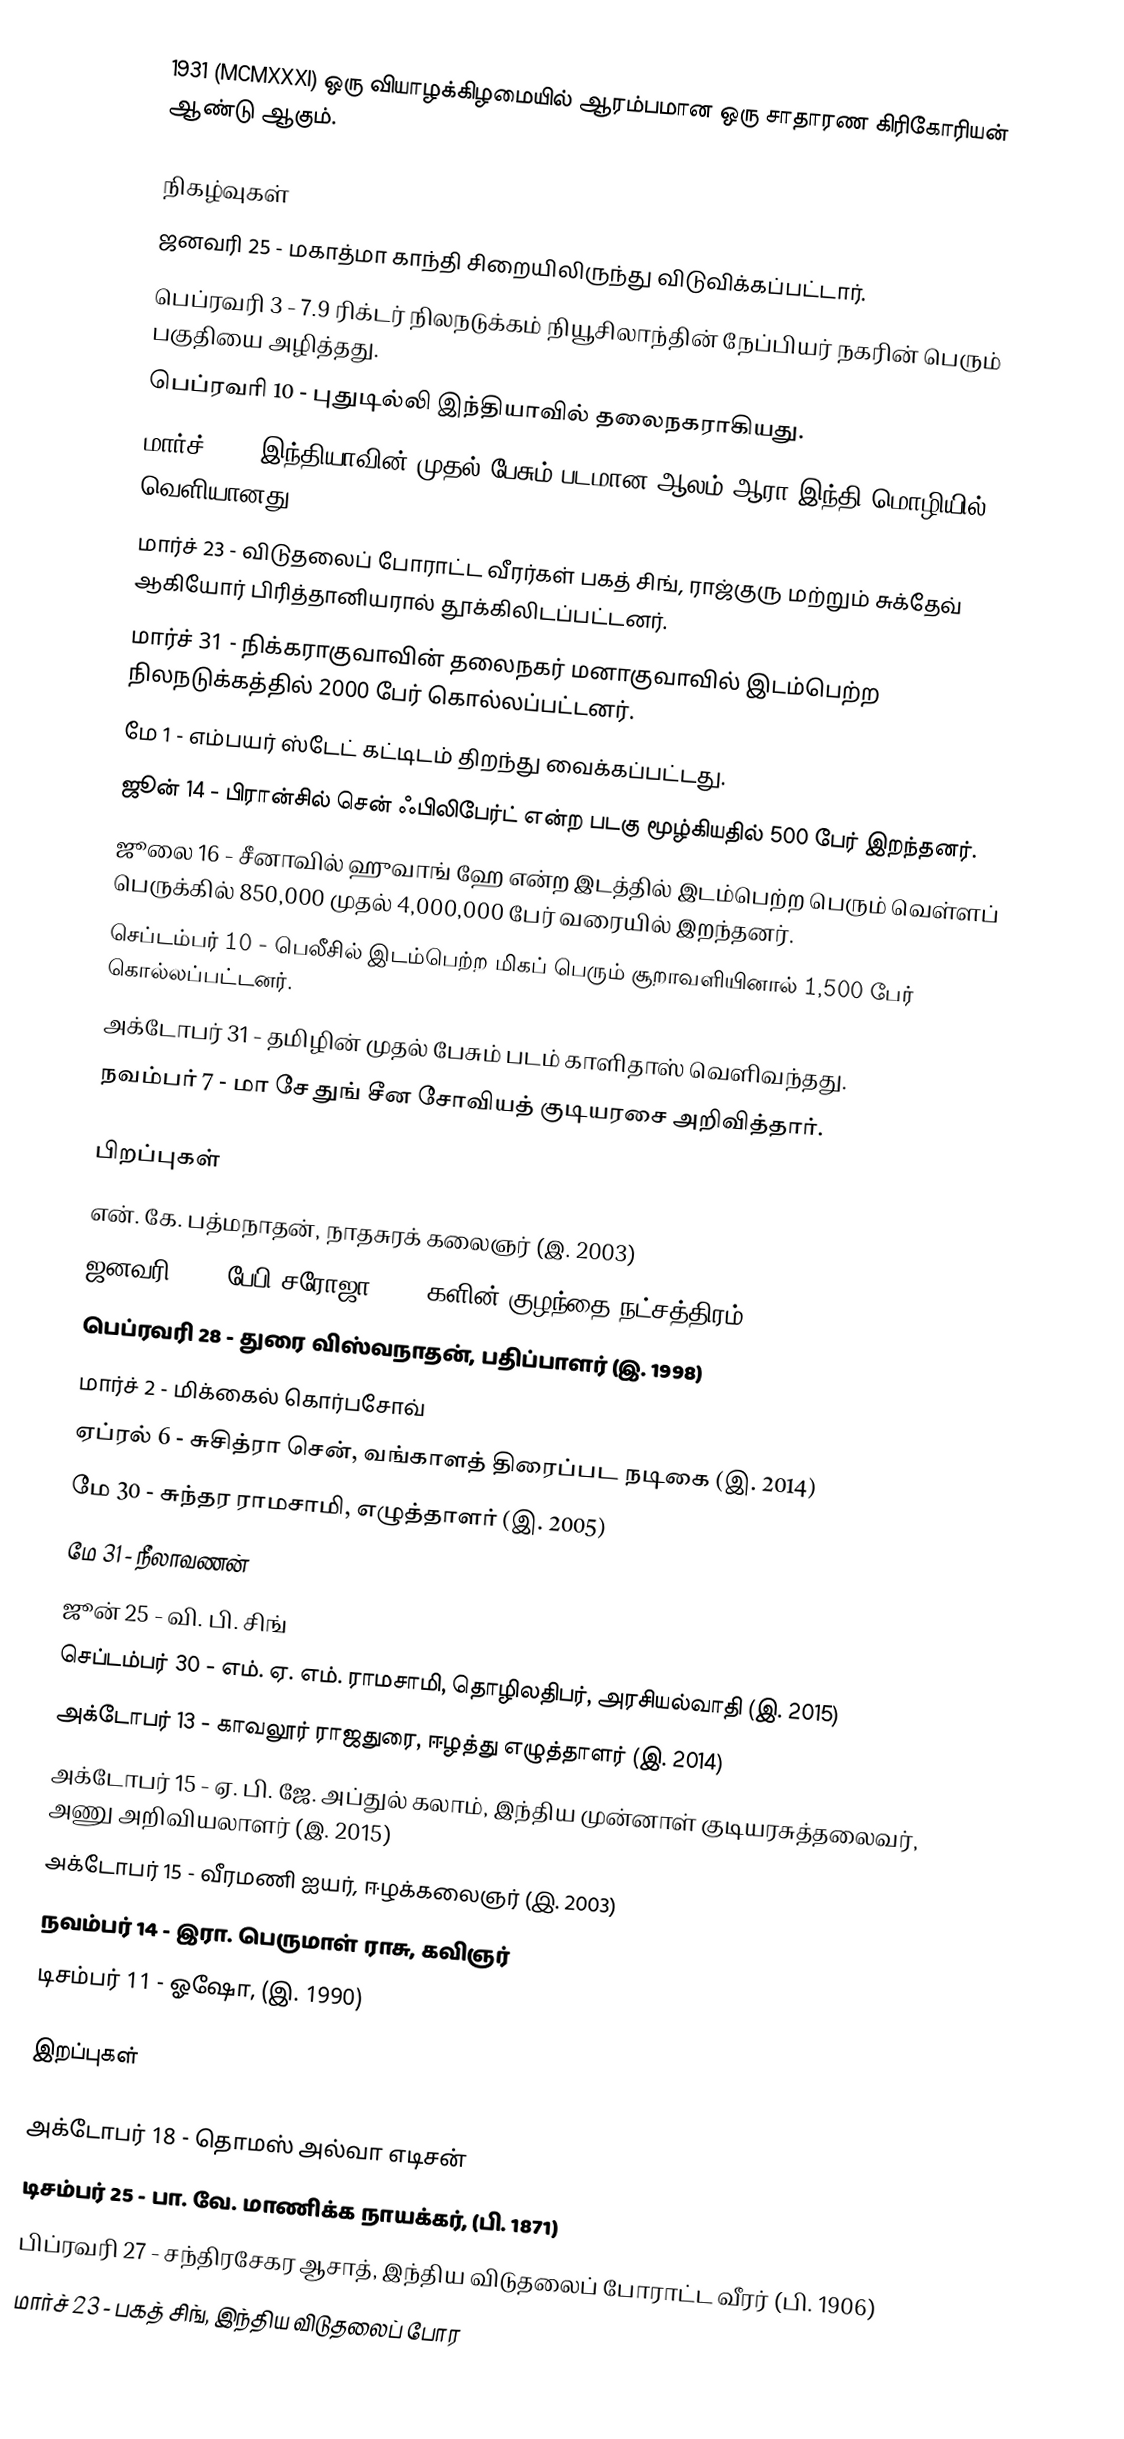
1931  (MCMXXXI) ஒரு வியாழக்கிழமையில் ஆரம்பமான ஒரு சாதாரண கிரிகோரியன் ஆண்டு ஆகும்.

நிகழ்வுகள்
 ஜனவரி 25 - மகாத்மா காந்தி சிறையிலிருந்து விடுவிக்கப்பட்டார்.
 பெப்ரவரி 3 - 7.9 ரிக்டர் நிலநடுக்கம் நியூசிலாந்தின் நேப்பியர் நகரின் பெரும் பகுதியை அழித்தது.
 பெப்ரவரி 10 - புதுடில்லி இந்தியாவில் தலைநகராகியது.
 மார்ச் 14 - இந்தியாவின் முதல் பேசும் படமான ஆலம் ஆரா இந்தி மொழியில் வெளியானது.
 மார்ச் 23 - விடுதலைப் போராட்ட வீரர்கள் பகத் சிங், ராஜ்குரு மற்றும் சுக்தேவ் ஆகியோர் பிரித்தானியரால் தூக்கிலிடப்பட்டனர்.
 மார்ச் 31 - நிக்கராகுவாவின் தலைநகர் மனாகுவாவில் இடம்பெற்ற நிலநடுக்கத்தில் 2000 பேர் கொல்லப்பட்டனர்.
 மே 1 - எம்பயர் ஸ்டேட் கட்டிடம் திறந்து வைக்கப்பட்டது.
 ஜூன் 14 - பிரான்சில் சென் ஃபிலிபேர்ட் என்ற படகு மூழ்கியதில் 500 பேர் இறந்தனர்.
 ஜூலை 16 - சீனாவில் ஹுவாங் ஹே என்ற இடத்தில் இடம்பெற்ற பெரும் வெள்ளப் பெருக்கில் 850,000 முதல் 4,000,000 பேர் வரையில் இறந்தனர்.
 செப்டம்பர் 10 - பெலீசில் இடம்பெற்ற மிகப் பெரும் சூறாவளியினால் 1,500 பேர் கொல்லப்பட்டனர்.
 அக்டோபர் 31 - தமிழின் முதல் பேசும் படம் காளிதாஸ் வெளிவந்தது.
 நவம்பர் 7 - மா சே துங் சீன சோவியத் குடியரசை அறிவித்தார்.

பிறப்புகள்
 என். கே. பத்மநாதன், நாதசுரக் கலைஞர் (இ. 2003)
 ஜனவரி 28 - பேபி சரோஜா 1930 களின் குழந்தை நட்சத்திரம்
 பெப்ரவரி 28 - துரை விஸ்வநாதன், பதிப்பாளர் (இ. 1998)
 மார்ச் 2 - மிக்கைல் கொர்பசோவ்
 ஏப்ரல் 6 - சுசித்ரா சென், வங்காளத் திரைப்பட நடிகை (இ. 2014)
 மே 30 - சுந்தர ராமசாமி, எழுத்தாளர் (இ. 2005)
 மே 31 - நீலாவணன்
 ஜூன் 25 - வி. பி. சிங்
 செப்டம்பர் 30 - எம். ஏ. எம். ராமசாமி, தொழிலதிபர், அரசியல்வாதி (இ. 2015)
 அக்டோபர் 13 - காவலூர் ராஜதுரை, ஈழத்து எழுத்தாளர் (இ. 2014)
 அக்டோபர் 15 - ஏ. பி. ஜே. அப்துல் கலாம், இந்திய முன்னாள் குடியரசுத்தலைவர், அணு அறிவியலாளர் (இ. 2015)
 அக்டோபர் 15 - வீரமணி ஐயர், ஈழக்கலைஞர் (இ. 2003)
 நவம்பர் 14 - இரா. பெருமாள் ராசு, கவிஞர்
 டிசம்பர் 11 - ஓஷோ, (இ. 1990)

இறப்புகள்

 அக்டோபர் 18 - தொமஸ் அல்வா எடிசன்
 டிசம்பர் 25 - பா. வே. மாணிக்க நாயக்கர், (பி. 1871)
 பிப்ரவரி 27 - சந்திரசேகர ஆசாத், இந்திய விடுதலைப் போராட்ட வீரர் (பி. 1906)
 மார்ச் 23 -  பகத் சிங், இந்திய விடுதலைப் போர